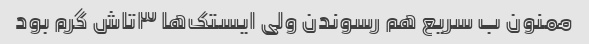
ممنون ب سریع هم رسوندن ولی ایستک‌ها ۳تاش گرم بود